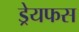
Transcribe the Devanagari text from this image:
ड्रेयफस